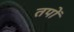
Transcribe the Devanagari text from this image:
तपों